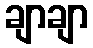
ချာချာ